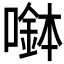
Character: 𡀖